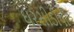
ઘરસીડીપી